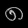
Digit: ၈